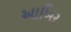
આખિર